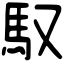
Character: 馭